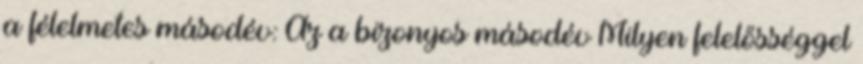
a félelmetes másodév: Az a bizonyos másodév Milyen felelősséggel